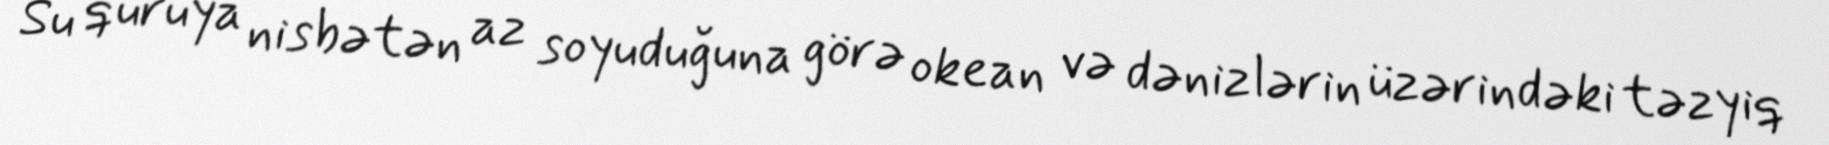
Su quruya nisbətən az soyuduğuna görə okean və dənizlərin üzərindəki təzyiq